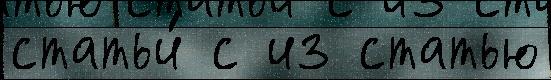
статьи́ с из статью